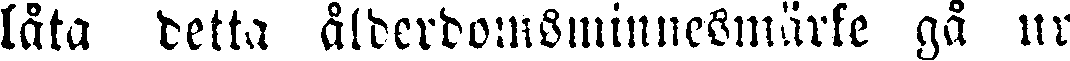
låta detta ålderdomsminnesmärke gå nr